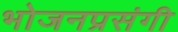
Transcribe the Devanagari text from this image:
भोजनप्रसंगी